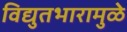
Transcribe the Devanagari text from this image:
विद्युतभारामुळे